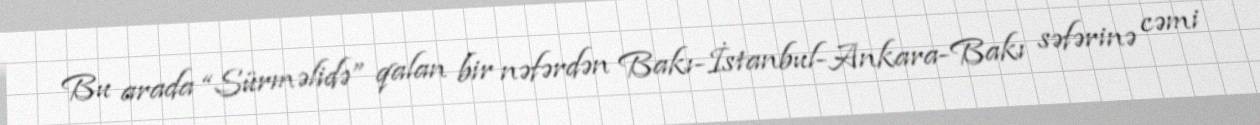
Bu arada “Sürməlidə” qalan bir nəfərdən Bakı-İstanbul-Ankara-Bakı səfərinə cəmi